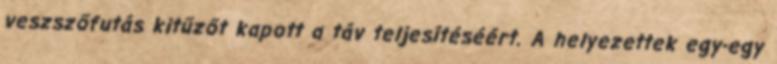
veszszőfutás kitűzőt kapott a táv teljesítéséért. A helyezettek egy-egy